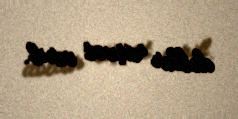
dollar rüşvət verib.